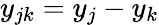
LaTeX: y_{jk}=y_{j}-y_{k}